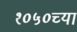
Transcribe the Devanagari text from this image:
१०५०च्या